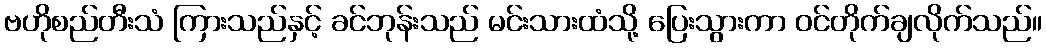
ဗဟိုစည်တီးသံ ကြားသည်နှင့် ခင်ဘုန်းသည် မင်းသားထံသို့ ပြေးသွားကာ ဝင်တိုက်ချလိုက်သည်။